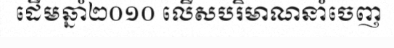
ដើមឆ្នាំ២០១០ លើសបរិមាណនាំចេញ